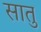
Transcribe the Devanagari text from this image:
सातु